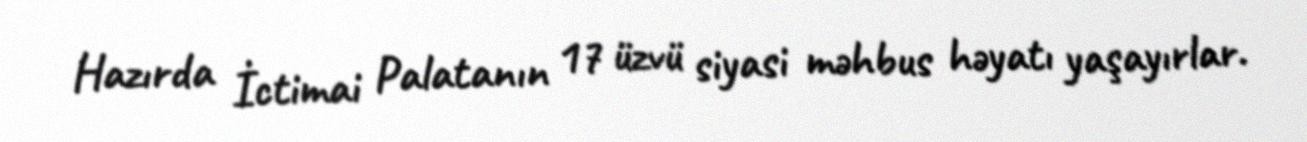
Hazırda İctimai Palatanın 17 üzvü siyasi məhbus həyatı yaşayırlar.